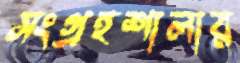
সংগ্রহশালার